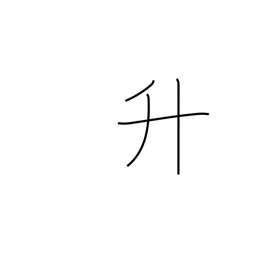
Meaning: measuring box